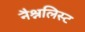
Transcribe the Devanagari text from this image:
नैश्नलिस्ट